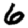
Digit: 6